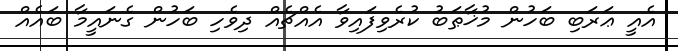
އެއީ ޢަރަބި ބަހުން މުޚާޠަބު ކުރެވިފައިވާ އެއްޗެއް ދިވެހި ބަހުން ގެނައީމާ ބައެއް